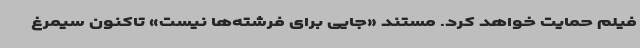
فیلم حمایت خواهد کرد. مستند «جایی برای فرشته‌ها نیست» تاکنون سیمرغ